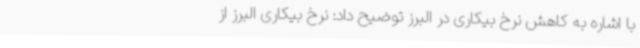
با اشاره به کاهش نرخ بیکاری در البرز توضیح داد: نرخ بیکاری البرز از